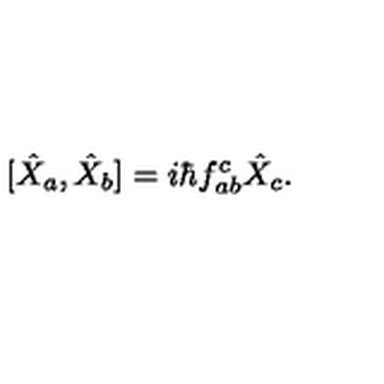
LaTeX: [ \hat { X } _ { a } , \hat { X } _ { b } ] = i \hbar f _ { a b } ^ { c } \hat { X } _ { c } .